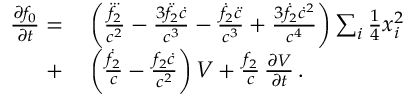
\begin{array} { r l } { \frac { \partial f _ { 0 } } { \partial t } = } & { { } \left( \frac { \dddot { f _ { 2 } } } { c ^ { 2 } } - \frac { 3 \ddot { f } _ { 2 } \dot { c } } { c ^ { 3 } } - \frac { \dot { f } _ { 2 } \ddot { c } } { c ^ { 3 } } + \frac { 3 \dot { f } _ { 2 } \dot { c } ^ { 2 } } { c ^ { 4 } } \right) \sum _ { i } { \textstyle \frac { 1 } { 4 } } x _ { i } ^ { 2 } } \\ { + } & { { } \left( \frac { \dot { f } _ { 2 } } { c } - \frac { f _ { 2 } \dot { c } } { c ^ { 2 } } \right) V + \frac { f _ { 2 } } { c } \, \frac { \partial V } { \partial t } \, . } \end{array}